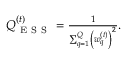
\begin{array} { r } { Q _ { \mathrm { ~ E ~ S ~ S ~ } } ^ { ( t ) } = \frac { 1 } { \sum _ { q = 1 } ^ { Q } \left( w _ { q } ^ { ( t ) } \right) ^ { 2 } } . } \end{array}